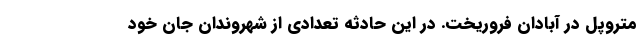
متروپل در آبادان فروریخت. در این حادثه تعدادی از شهروندان جان خود